65_HS1-834228961_62-HQ-83894_Section_2
Agency: FBI
Page 186
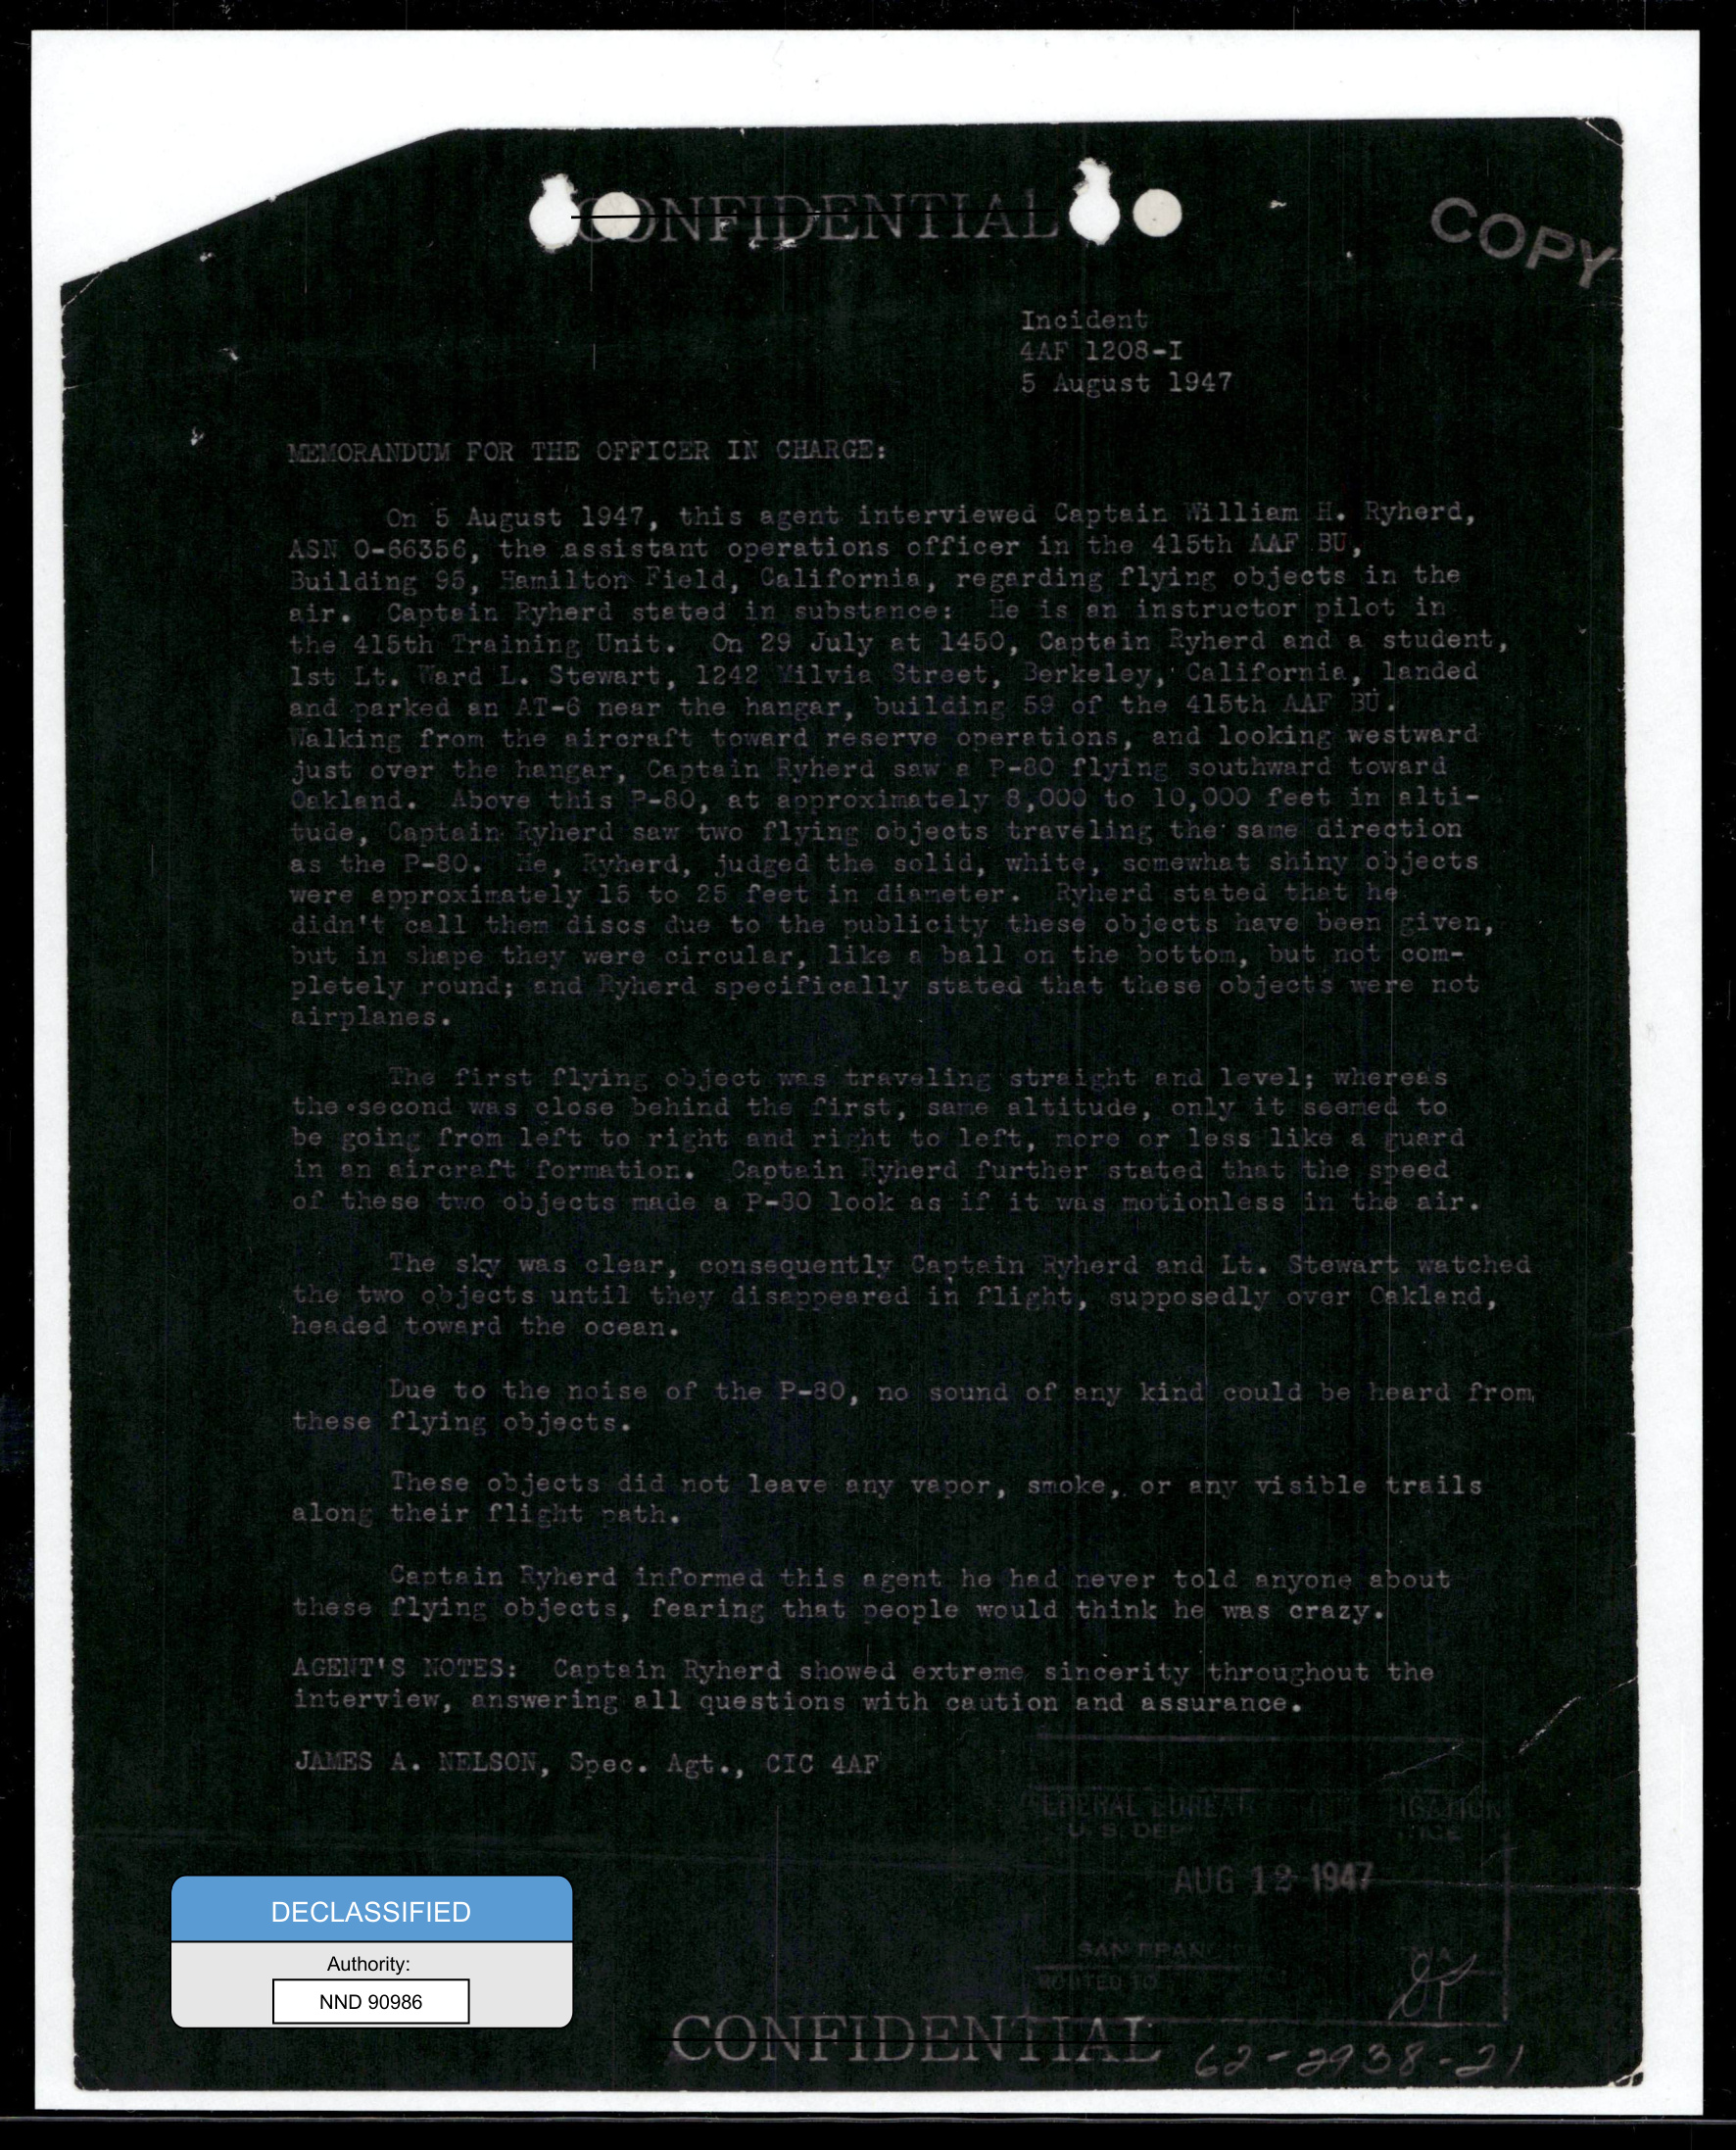